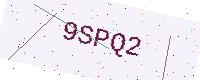
Text: 9SPQ2